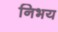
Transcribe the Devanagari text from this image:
निभय